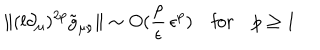
\| ( l \partial _ { \mu } ) ^ { 2 p } \tilde { g } _ { \mu \nu } \| \sim O ( \frac { \rho } { \epsilon } \, \epsilon ^ { p } ) \quad \mathrm { f o r } \quad p \ge 1